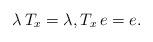
LaTeX: \begin{align*}\lambda \,T_x=\lambda ,T_x \,e=e.\end{align*}